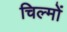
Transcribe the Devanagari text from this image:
चिल्मों